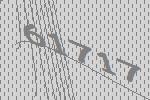
61717